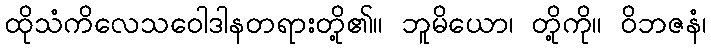
ထိုသံကိလေသဝေါဒါနတရားတို့၏။ ဘူမိယော၊ တို့ကို။ ဝိဘဇနံ၊